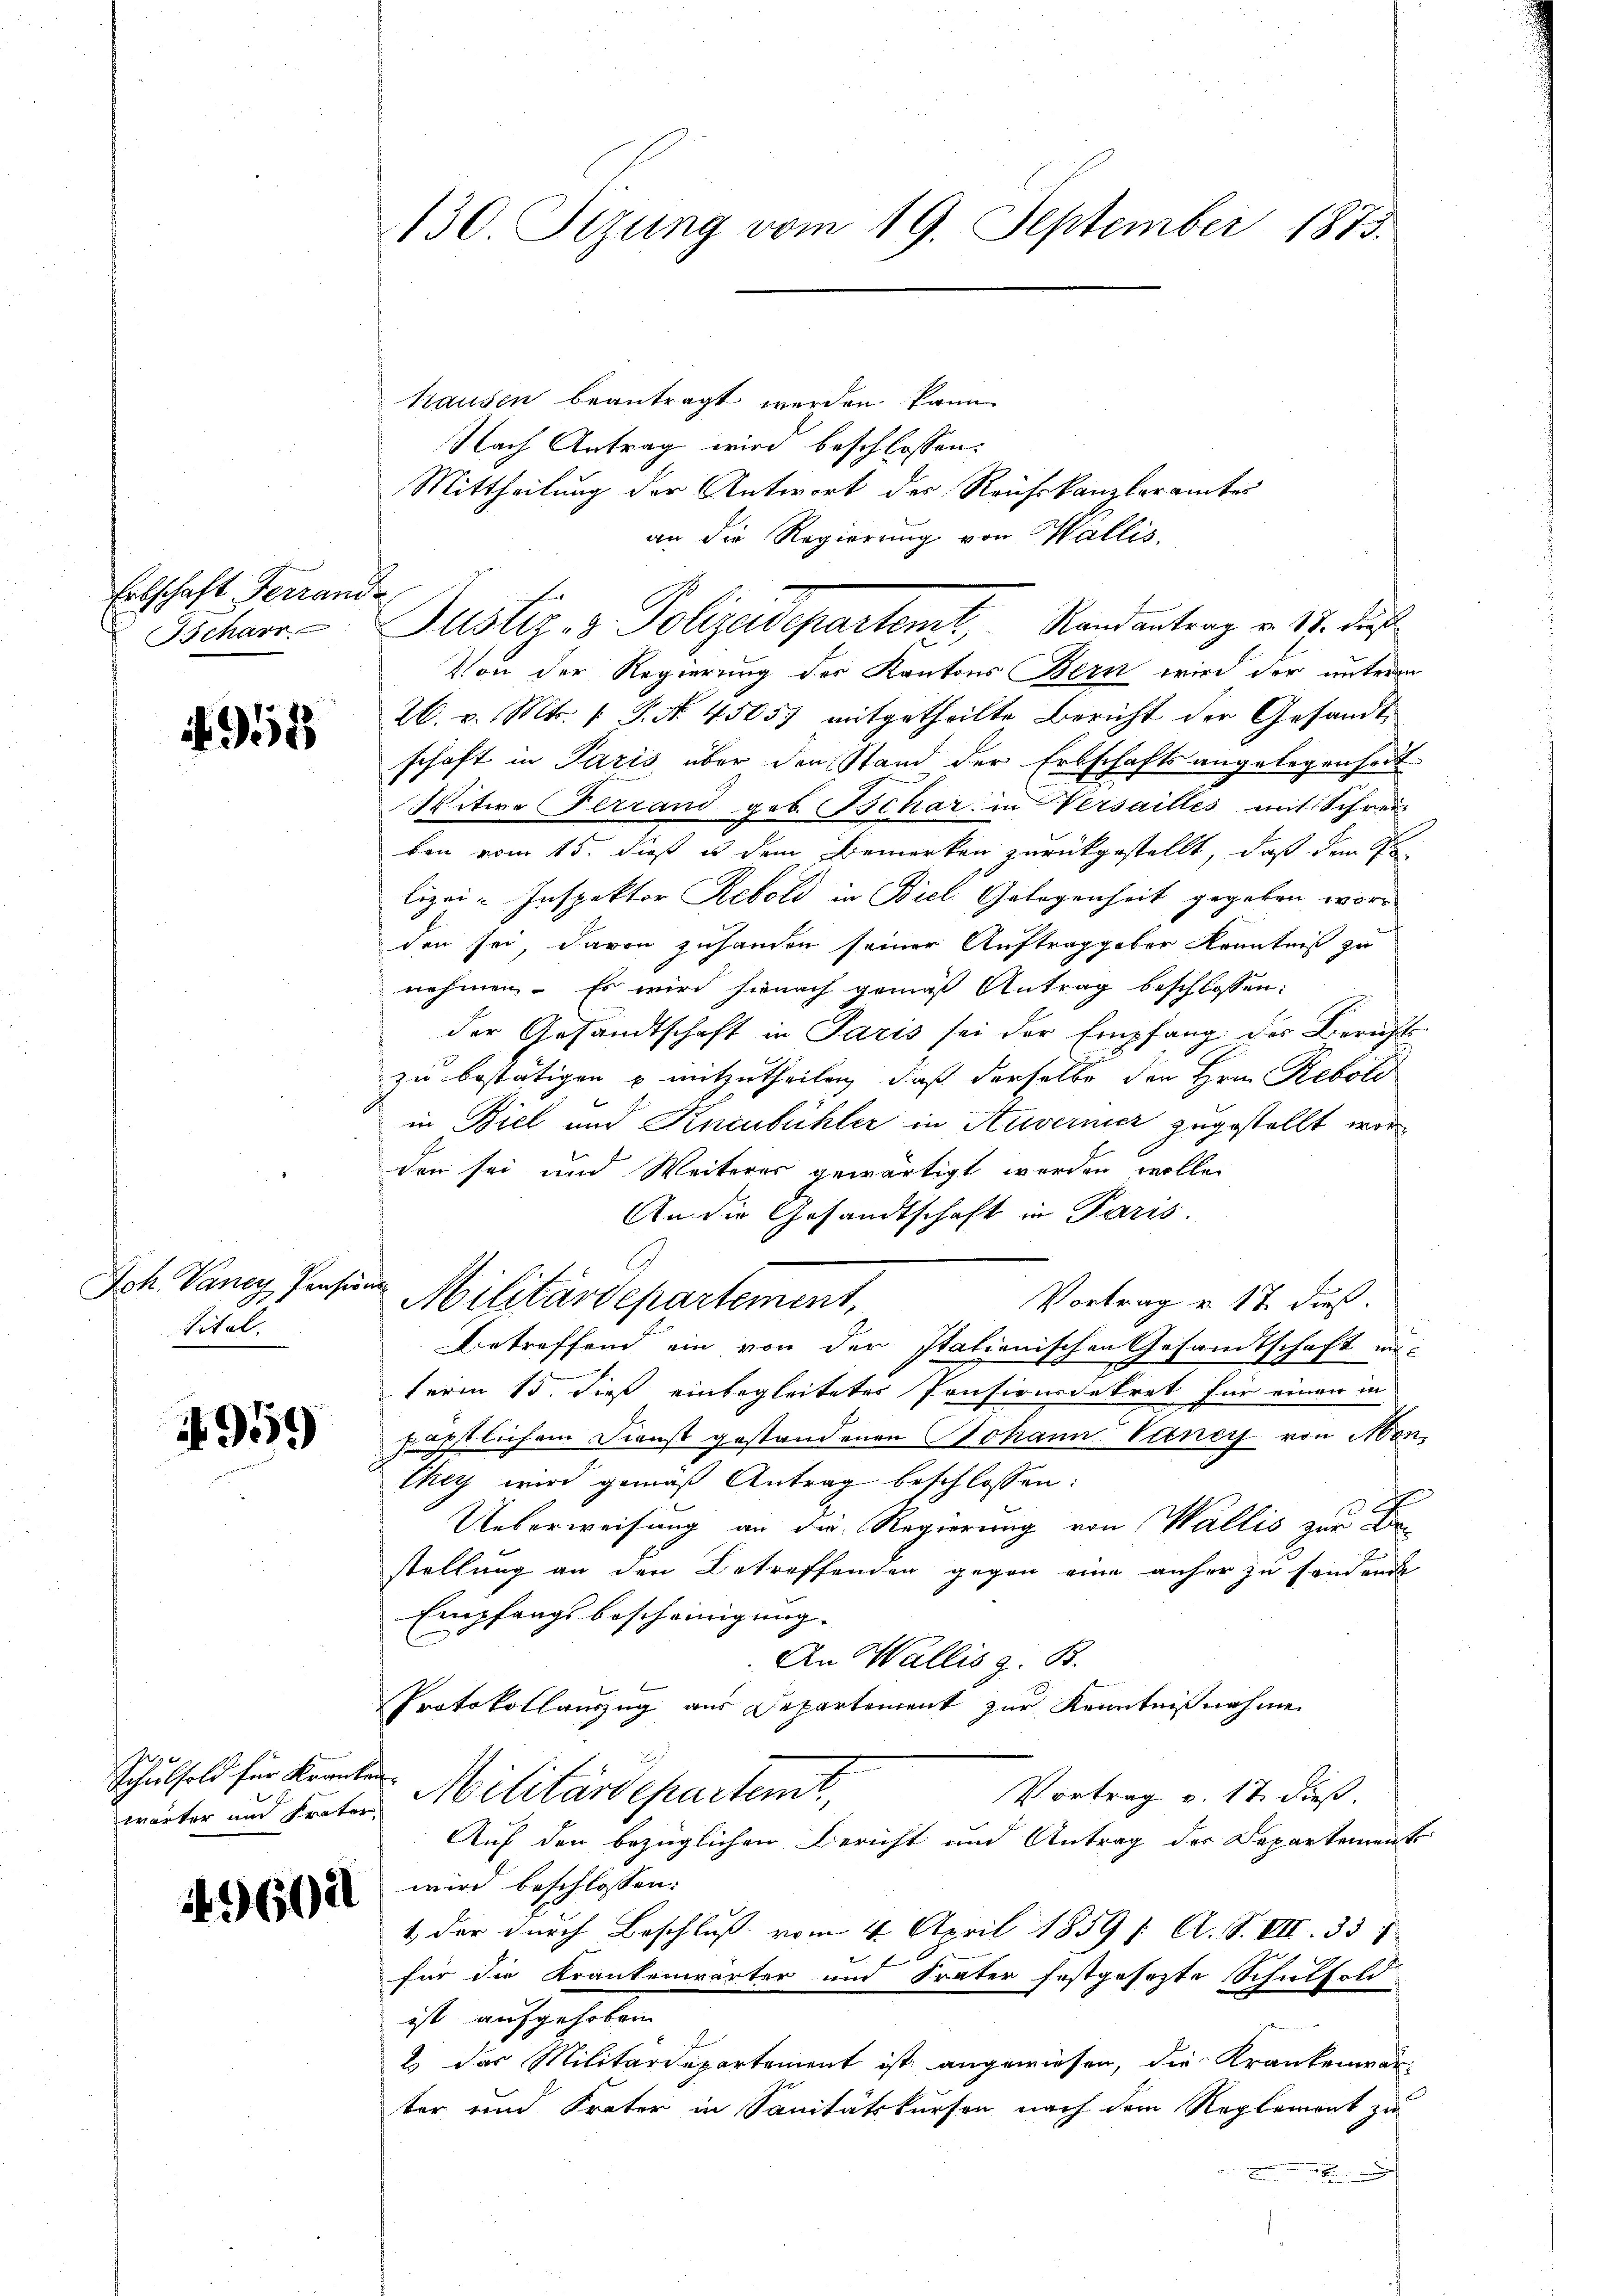
Erbschaft Ferrande
Scharr

4958

Joh. Vaney Pension
Titel.

959

hausen beantragt werden kann.
Nach Antrag wird beschlossen:
Mittheilung der Antwort der Reichskanzleramtes
an die Regierung von Wallis,
Von der Regierung des Kantons Bern wird der unteren
26. v. Mts. 1 P. N. 4505 mitgetheilte Bericht der Gesandtschaft in Paris über den Stand der Erbschafts angelegenheit
Witwe Ferrand geb. Tschar in Versailles mit Schrei-
ben vom 15. dieß es dem Bemerken zurückgestellt, daß dem St
lizei- Inspektor Rebold in Biel Gelegenheit gegeben worden sei, davon zuhanden seiner Auftraggeber Kenntniß zu
nehmen. Es wird hienach gemäß Antrag beschlossen:
der Gesandtschaft in Paris sei der Empfang des Berichts
zu bestätigen u mitzutheilen, daß derselbe der Hrn. Rebold
in Biel und Kneubühler in Auvernier zugestellt worden sei und Weiteres gewärtigt werden wolle.
An die Gesandtschaft in Paris
G
Militärdepartement,
Vortrag u. 17. dieß
Betreffend ein von den stationischen Gesandtschaft unterm 15. dieß einbegleitetes Pensionsdekret für einen in
päpstlichem Dienst gestandenen Johann Vancy von Menthey wird gemäß Antrag beschlossen:
Ueberweisung an die Regierung von Wallis zur Bestellung an den Betreffenden gegen eine anher zu sonder
Empfangsbescheinigung.
An Wallis z. B.
Protokollauszug aus Departement zur Kenntnißnahme
Vortrag v. 17. dieß
wärter und Proten Militärdepartem
Auf den bezüglichen Bericht und Antrag der Departement
wird beschlossen:
1 der durch Beschluß vom 4. April 1859 /: A. S. VII. 337
für die Krankenwärter und Frater festgesezte Schulfoli
ist aufgehoben.
2 das Militärdepartement ist angewiesen, die Krankenwär-
ter und Krater in Sanitätskursen nach dem Reglement zu
.

Schulsold für Kranken

9602

130. Stzung vom 19. September 1873.

Justiz- & Polizeisepartem Randantrag v. 18. dieß